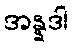
အန္နဒါ